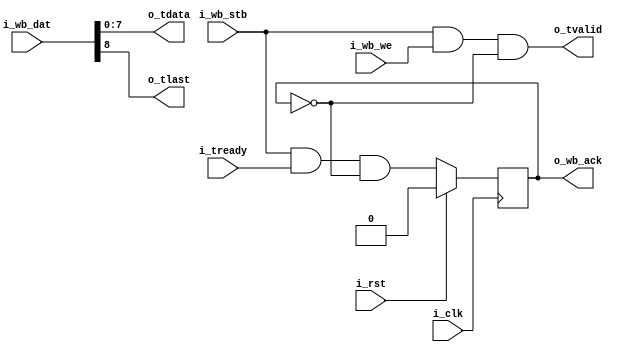
// This program was cloned from: https://github.com/olofk/corescore
// License: Apache License 2.0

`default_nettype none
module wb2axis
  (
   input wire 	     i_clk,
   input wire 	     i_rst,
   input wire [8:0]  i_wb_dat,
   input wire 	     i_wb_we,
   input wire 	     i_wb_stb,
   output reg 	     o_wb_ack,
   output wire [7:0] o_tdata,
   output wire 	     o_tlast,
   output wire 	     o_tvalid,
   input wire 	     i_tready);

   always @(posedge i_clk) begin
      o_wb_ack <= i_wb_stb & i_tready & !o_wb_ack;
      if (i_rst)
	o_wb_ack <= 1'b0;
   end

   assign o_tvalid = i_wb_stb & i_wb_we & !o_wb_ack;
   assign o_tdata  = i_wb_dat[7:0];
   assign o_tlast  = i_wb_dat[8];

endmodule